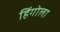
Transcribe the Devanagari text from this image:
हिंगोला